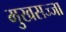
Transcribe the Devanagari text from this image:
मुखसज्जा